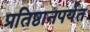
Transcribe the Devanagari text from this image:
प्रतिष्ठानपर्यंत